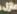
عازل